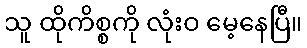
သူ ထိုကိစ္စကို လုံးဝ မေ့နေပြီ။